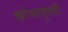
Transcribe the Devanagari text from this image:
खोर्‍यातूनही